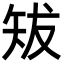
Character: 𥎱